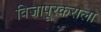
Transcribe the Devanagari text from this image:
विजापूरकराला